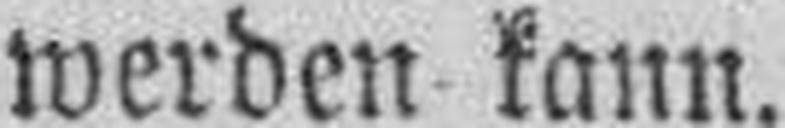
werden kann.